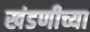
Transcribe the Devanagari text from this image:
खंडणीच्या